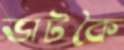
ভাটকৈ